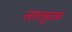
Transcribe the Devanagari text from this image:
लाल्चुठक